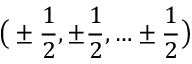
{ \bigl ( } \pm { \frac { 1 } { 2 } } , \pm { \frac { 1 } { 2 } } , \ldots \pm { \frac { 1 } { 2 } } { \bigr ) }